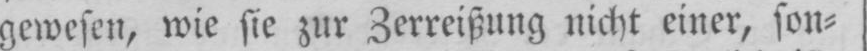
gewesen, wie sie zur Zerreißung nicht einer, son⸗